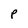
Character: P